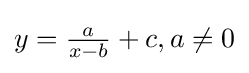
y={\tfrac {a}{x-b}}+c,a\neq 0